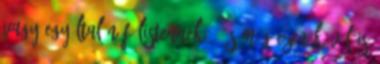
vagy egyáltalán félistennek - és még ezen kívül is